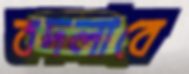
বদলাবে